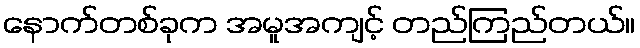
နောက်တစ်ခုက အမူအကျင့် တည်ကြည်တယ်။